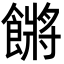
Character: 𩝴